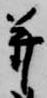
并